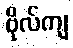
ဗိုလ်ကျ